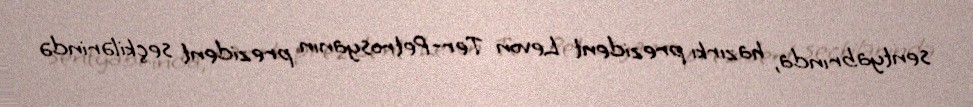
sentyabrında, hazırkı prezident Levon Ter-Petrosyanın prezident seçkilərində